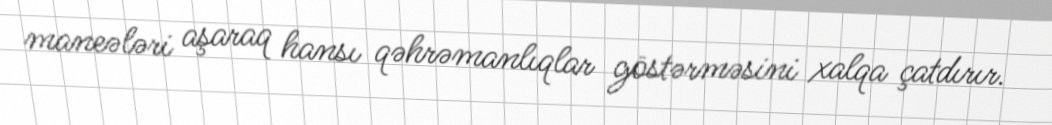
maneələri aşaraq hansı qəhrəmanlıqlar göstərməsini xalqa çatdırır.